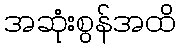
အဆုံးစွန်အထိ